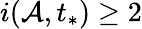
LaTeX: i(\mathcal{A},t_{*})\ge 2